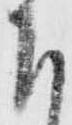
下